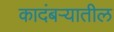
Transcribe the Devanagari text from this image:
कादंबऱ्यातील